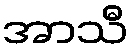
အာသီ